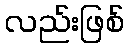
လည်းဖြစ်